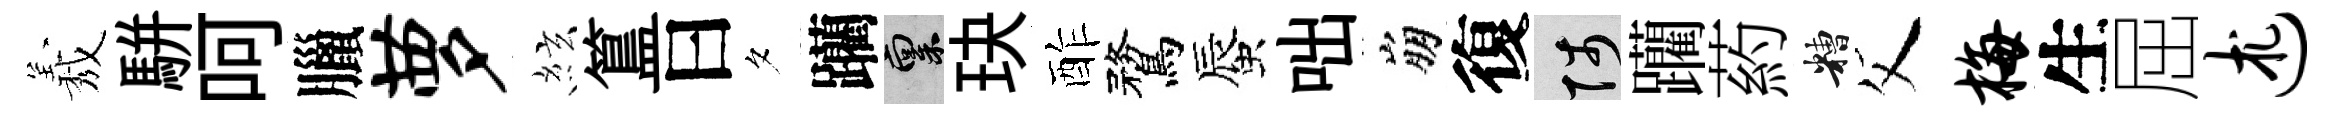
𦏁駢呵臘萝絃簋曰夕躪禀玦酢鶩蜃咄崩復陟躪葯糟父梅生屈述